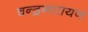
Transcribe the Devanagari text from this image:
चन्द्रनारायण